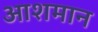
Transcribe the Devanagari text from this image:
आशमान